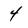
Character: 4